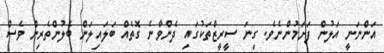
އަންނަނީ އަލުން ފަށަމުންނެވެ. ގިނަ ސީރީޒްތަކުގައި ދެންވާނެ ގޮތެއް ބަލައިލަން ބެލުންތެރިން ވެސް